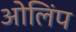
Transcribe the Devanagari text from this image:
ओलिंप